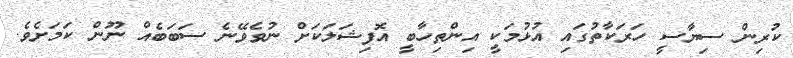
ކުރިން ސިޔާސީ ހަރަކާތުގައި އުޅުމަކީ އިންތިހާބީ އޮފިޝަލަކަށް ނުވެވޭނެ ސަބަބެއް ނޫން ކަމަށެވެ.